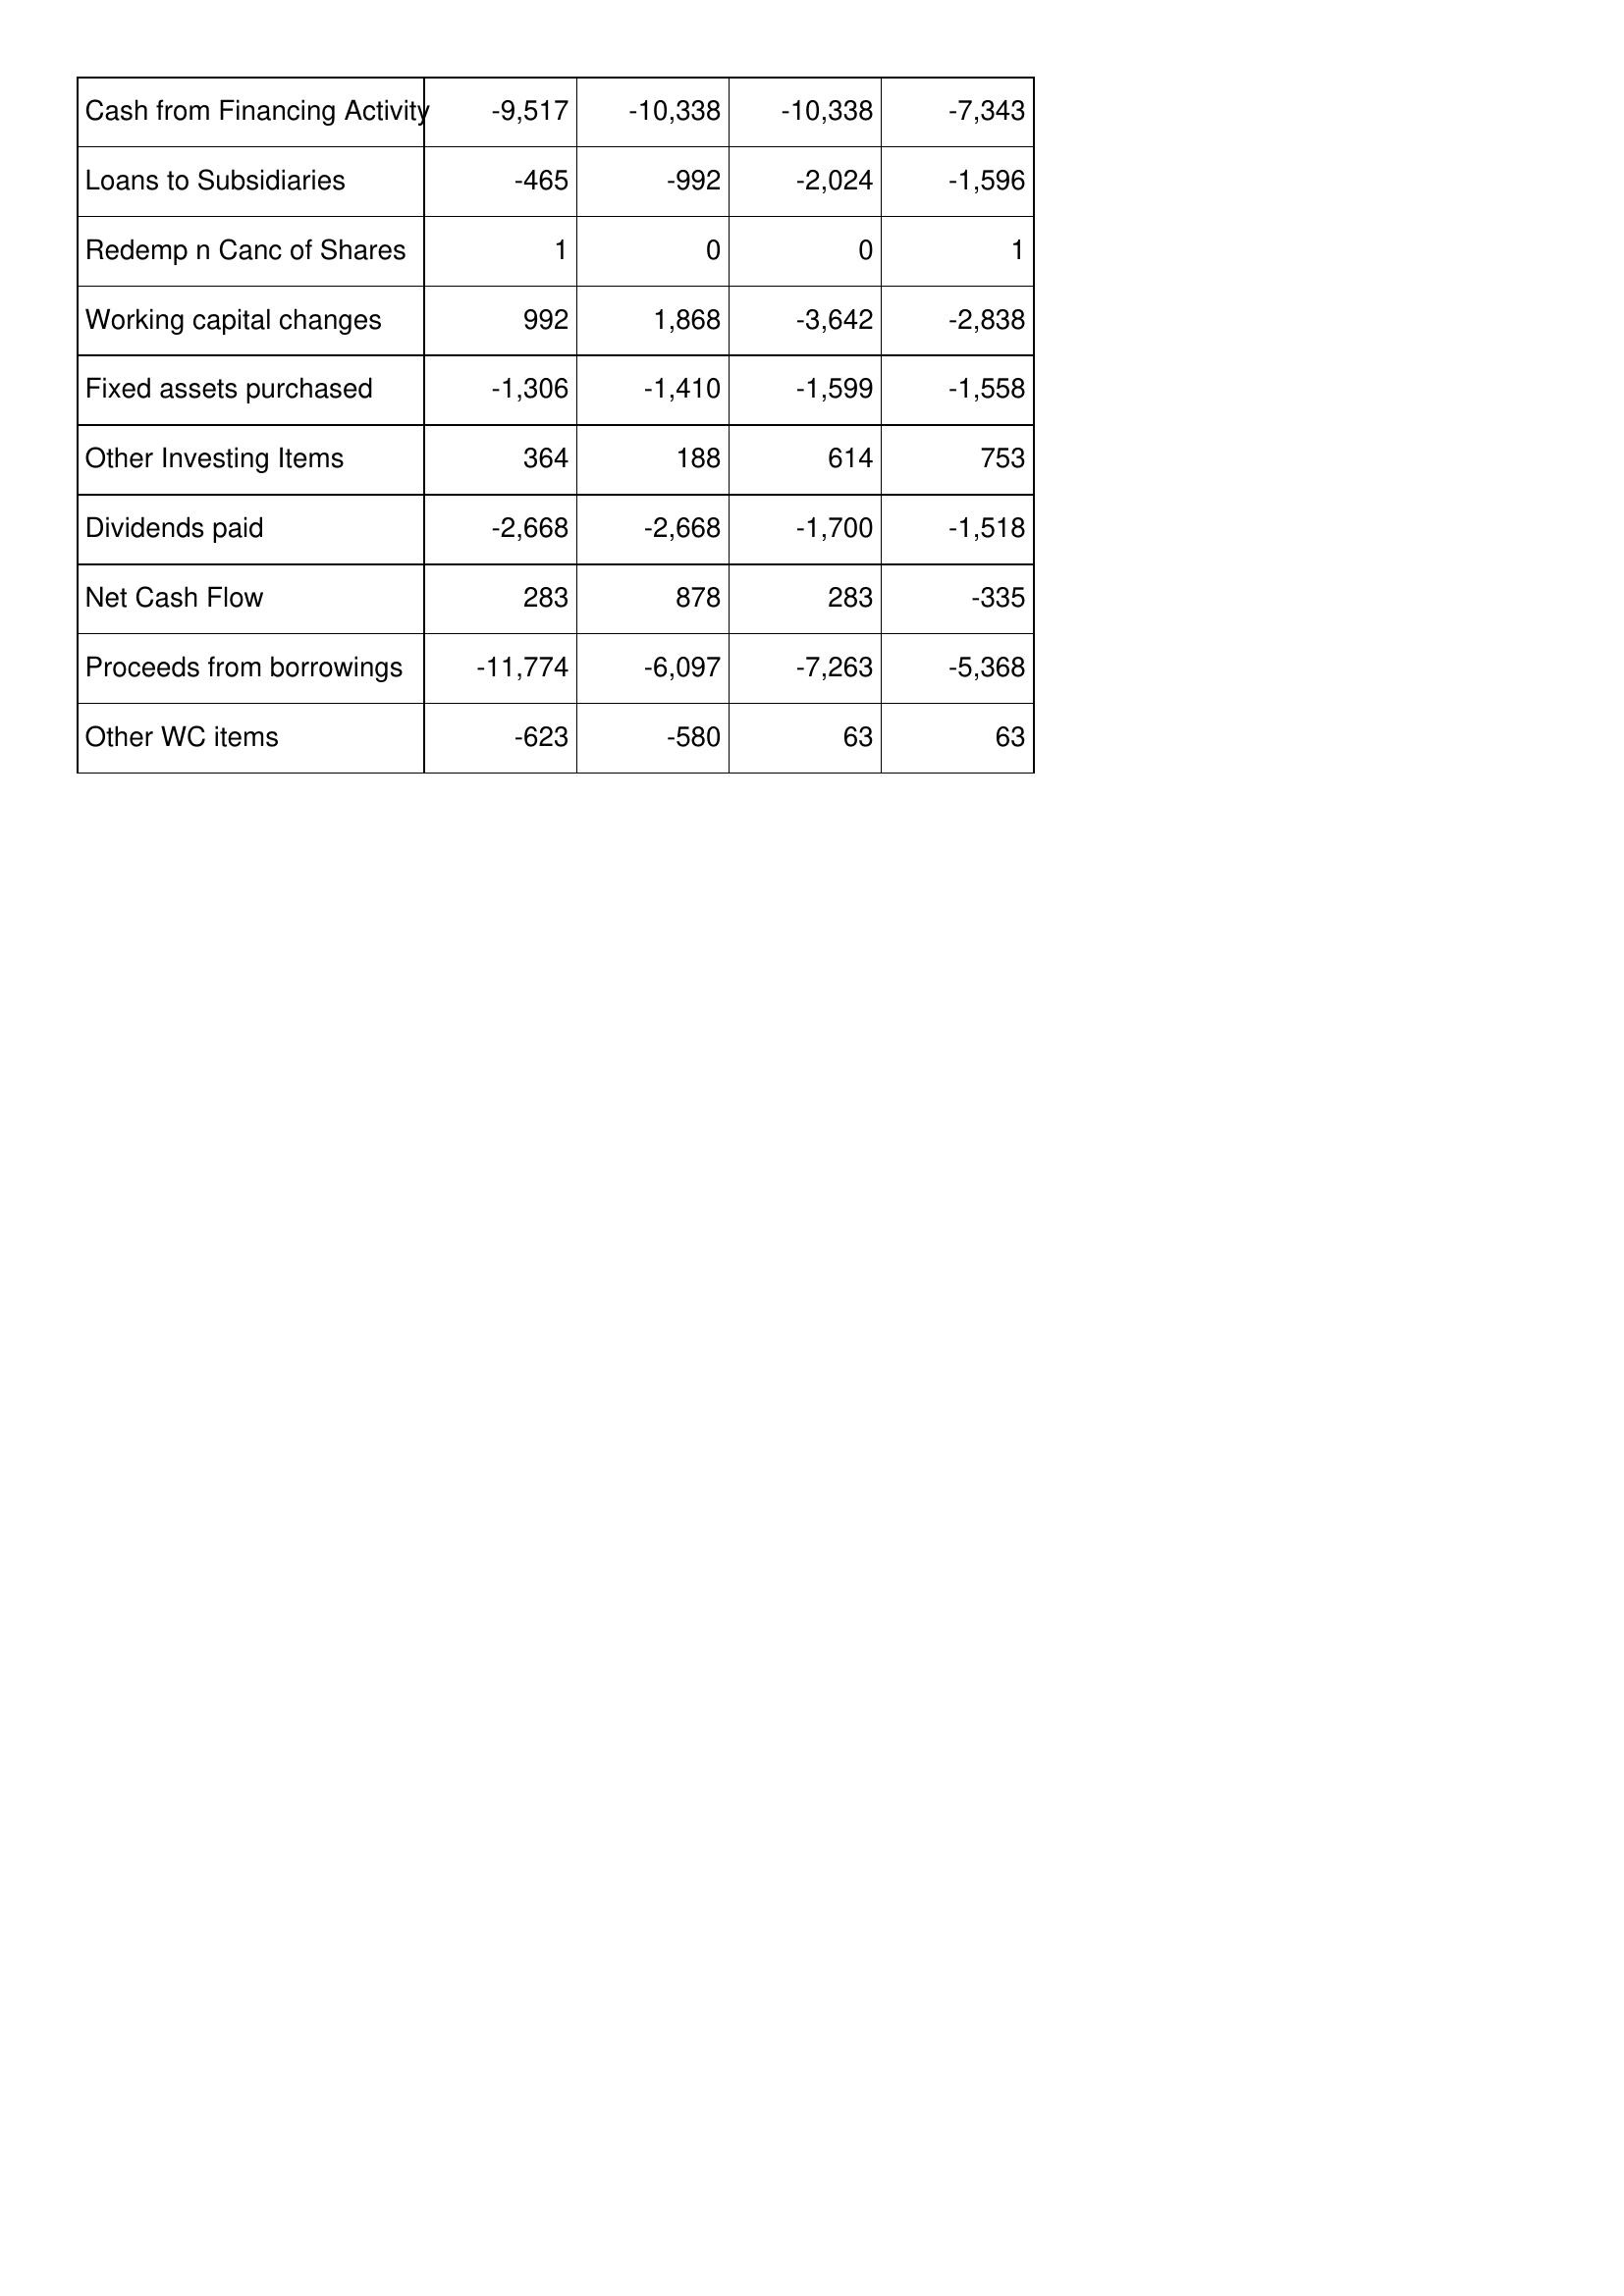
May-05: Cash Flows: Cash from Financing Activity: -9,517
Loans to Subsidiaries: -465
Redemp n Canc of Shares: 1
Working capital changes: 992
Fixed assets purchased: -1,306
Other Investing Items: 364
Dividends paid: -2,668
Net Cash Flow: 283
Proceeds from borrowings: -11,774
Other WC items: -623
May-04: Cash Flows: Cash from Financing Activity: -10,338
Loans to Subsidiaries: -992
Redemp n Canc of Shares: 0
Working capital changes: 1,868
Fixed assets purchased: -1,410
Other Investing Items: 188
Dividends paid: -2,668
Net Cash Flow: 878
Proceeds from borrowings: -6,097
Other WC items: -580
May-03: Cash Flows: Cash from Financing Activity: -10,338
Loans to Subsidiaries: -2,024
Redemp n Canc of Shares: 0
Working capital changes: -3,642
Fixed assets purchased: -1,599
Other Investing Items: 614
Dividends paid: -1,700
Net Cash Flow: 283
Proceeds from borrowings: -7,263
Other WC items: 63
May-02: Cash Flows: Cash from Financing Activity: -7,343
Loans to Subsidiaries: -1,596
Redemp n Canc of Shares: 1
Working capital changes: -2,838
Fixed assets purchased: -1,558
Other Investing Items: 753
Dividends paid: -1,518
Net Cash Flow: -335
Proceeds from borrowings: -5,368
Other WC items: 63